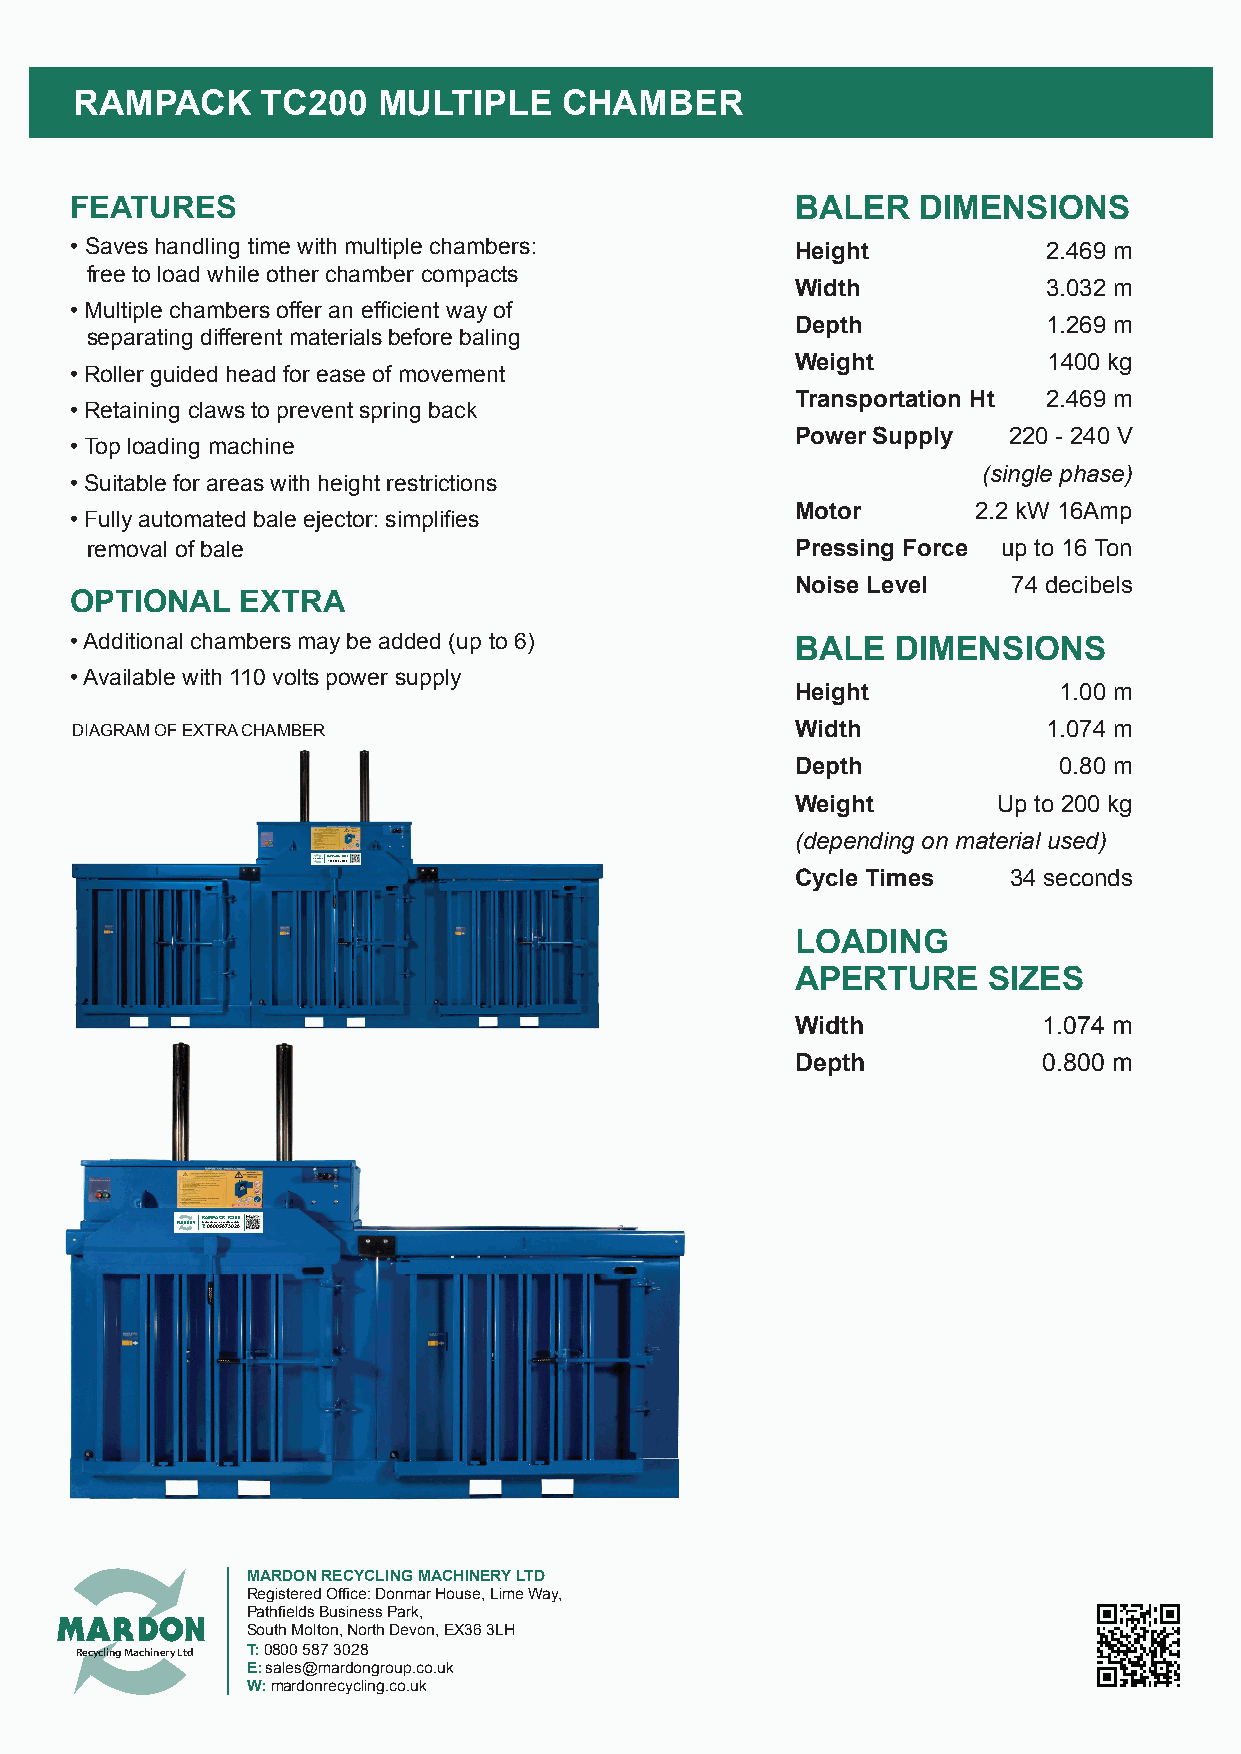
RAMPACK     TC200   MULTIPLE    CHAMBER
 FEATURES                                        BALER   DIMENSIONS
 • Saves handling time with multiple chambers:   Height          2.469 m
 free to load while other chamber compacts
 Width           3.032 m
 • Multiple chambers offer an efficient way of
 Depth           1.269 m
 separating different materials before baling
 Weight          1400 kg
 • Roller guided head for ease of movement
 Transportation Ht 2.469 m
 • Retaining claws to prevent spring back
 Power Supply  220 - 240 V
 • Top loading machine
 (single phase)
 • Suitable for areas with height restrictions
 Motor       2.2 kW 16Amp
 • Fully automated bale ejector: simplifies
 removal of bale                                Pressing Force up to 16 Ton
 Noise Level   74 decibels
 OPTIONAL   EXTRA
 • Additional chambers may be added (up to 6)    BALE  DIMENSIONS
 • Available with 110 volts power supply
 Height           1.00 m
 DIAGRAM OF EXTRA CHAMBER                        Width           1.074 m
 Depth            0.80 m
 Weight       Up to 200 kg
 (depending on material used)
 RT:A 0M8P0A0C 5K8 7T3C022080
 Cycle Times   34 seconds
 LOADING
 APERTURE    SIZES
 Width           1.074 m
 Depth           0.800 m
 TFRo:rA S0aMl8esP
 0
 aAn0d C m5oKr8e 7ITnf3oCr0m2a2t0io80n
 MARDON RECYCLING MACHINERY LTD
 Registered Office: Donmar House, Lime Way,
 Pathfields Business Park,
 South Molton, North Devon, EX36 3LH
 Recycling Machinery Ltd T: 0800 587 3028
 E: sales@mardongroup.co.uk
 W: mardonrecycling.co.uk